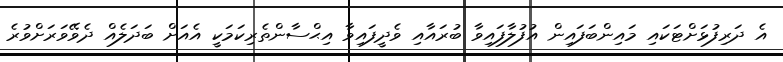
އެ ދަރިފުޅަށްޓަކައި މައިންބަފައިން އުފުލާފައިވާ ބުރައާއި ވެދީފައިވާ އިޙްސާންތެރިކަމަކީ އެއަށް ބަދަލެއް ދެވޭވަރަށްވުރެ